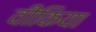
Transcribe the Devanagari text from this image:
वीकिया